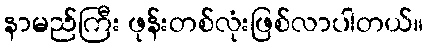
နာမည်ကြီး ဖုန်းတစ်လုံးဖြစ်လာပါတယ်။